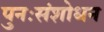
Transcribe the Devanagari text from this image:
पुनःसंशोधन